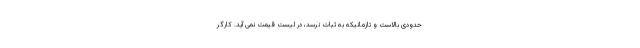
حدودی بالاست و تازمانیکه به ثبات نرسد، در لیست قیمت نمی آید. کارگر